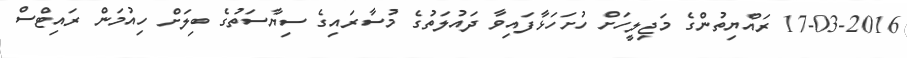
17-03-2016 ރައްޔިތުންގެ މަޖިލީހަށް ހުށަހަޅާފައިވާ ދައުލަތުގެ މުސާރައިގެ ސިޔާސަތުގެ ބިލަށް ހިއުމަން ރައިޓްސް